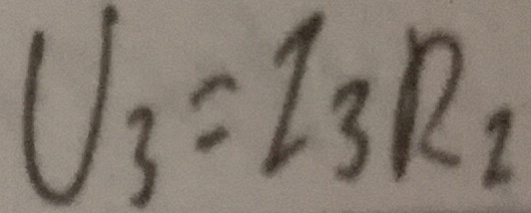
U _ { 3 } = I _ { 3 } R _ { 2 }